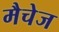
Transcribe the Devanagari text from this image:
मैचेज